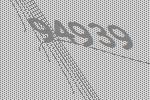
94939